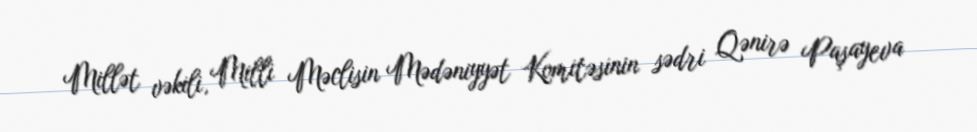
Millət vəkili, Milli Məclisin Mədəniyyət Komitəsinin sədri Qənirə Paşayeva